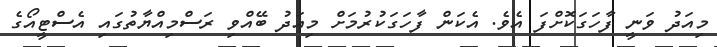
މިއަދު ވަނީ ފާހަގަކޮށްފަ އެވެ. އެކަން ފާހަގަކުރުމަށް މިއަދު ބޭއްވި ރަސްމިއްޔާތުގައި އެސްޓީއޯގެ